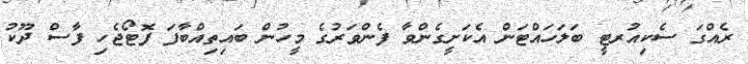
ރެއްގަ ސެކިއުރޓީ ބަލަހައްޓަން އެކަށީގެންވާ ފެންވަރުގެ މީހުން ބައިތިއްބާފަ ފޮޓޯޖެހި ފާސް ދޫކު